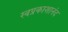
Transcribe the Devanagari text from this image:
स्वप्रकाशानंद